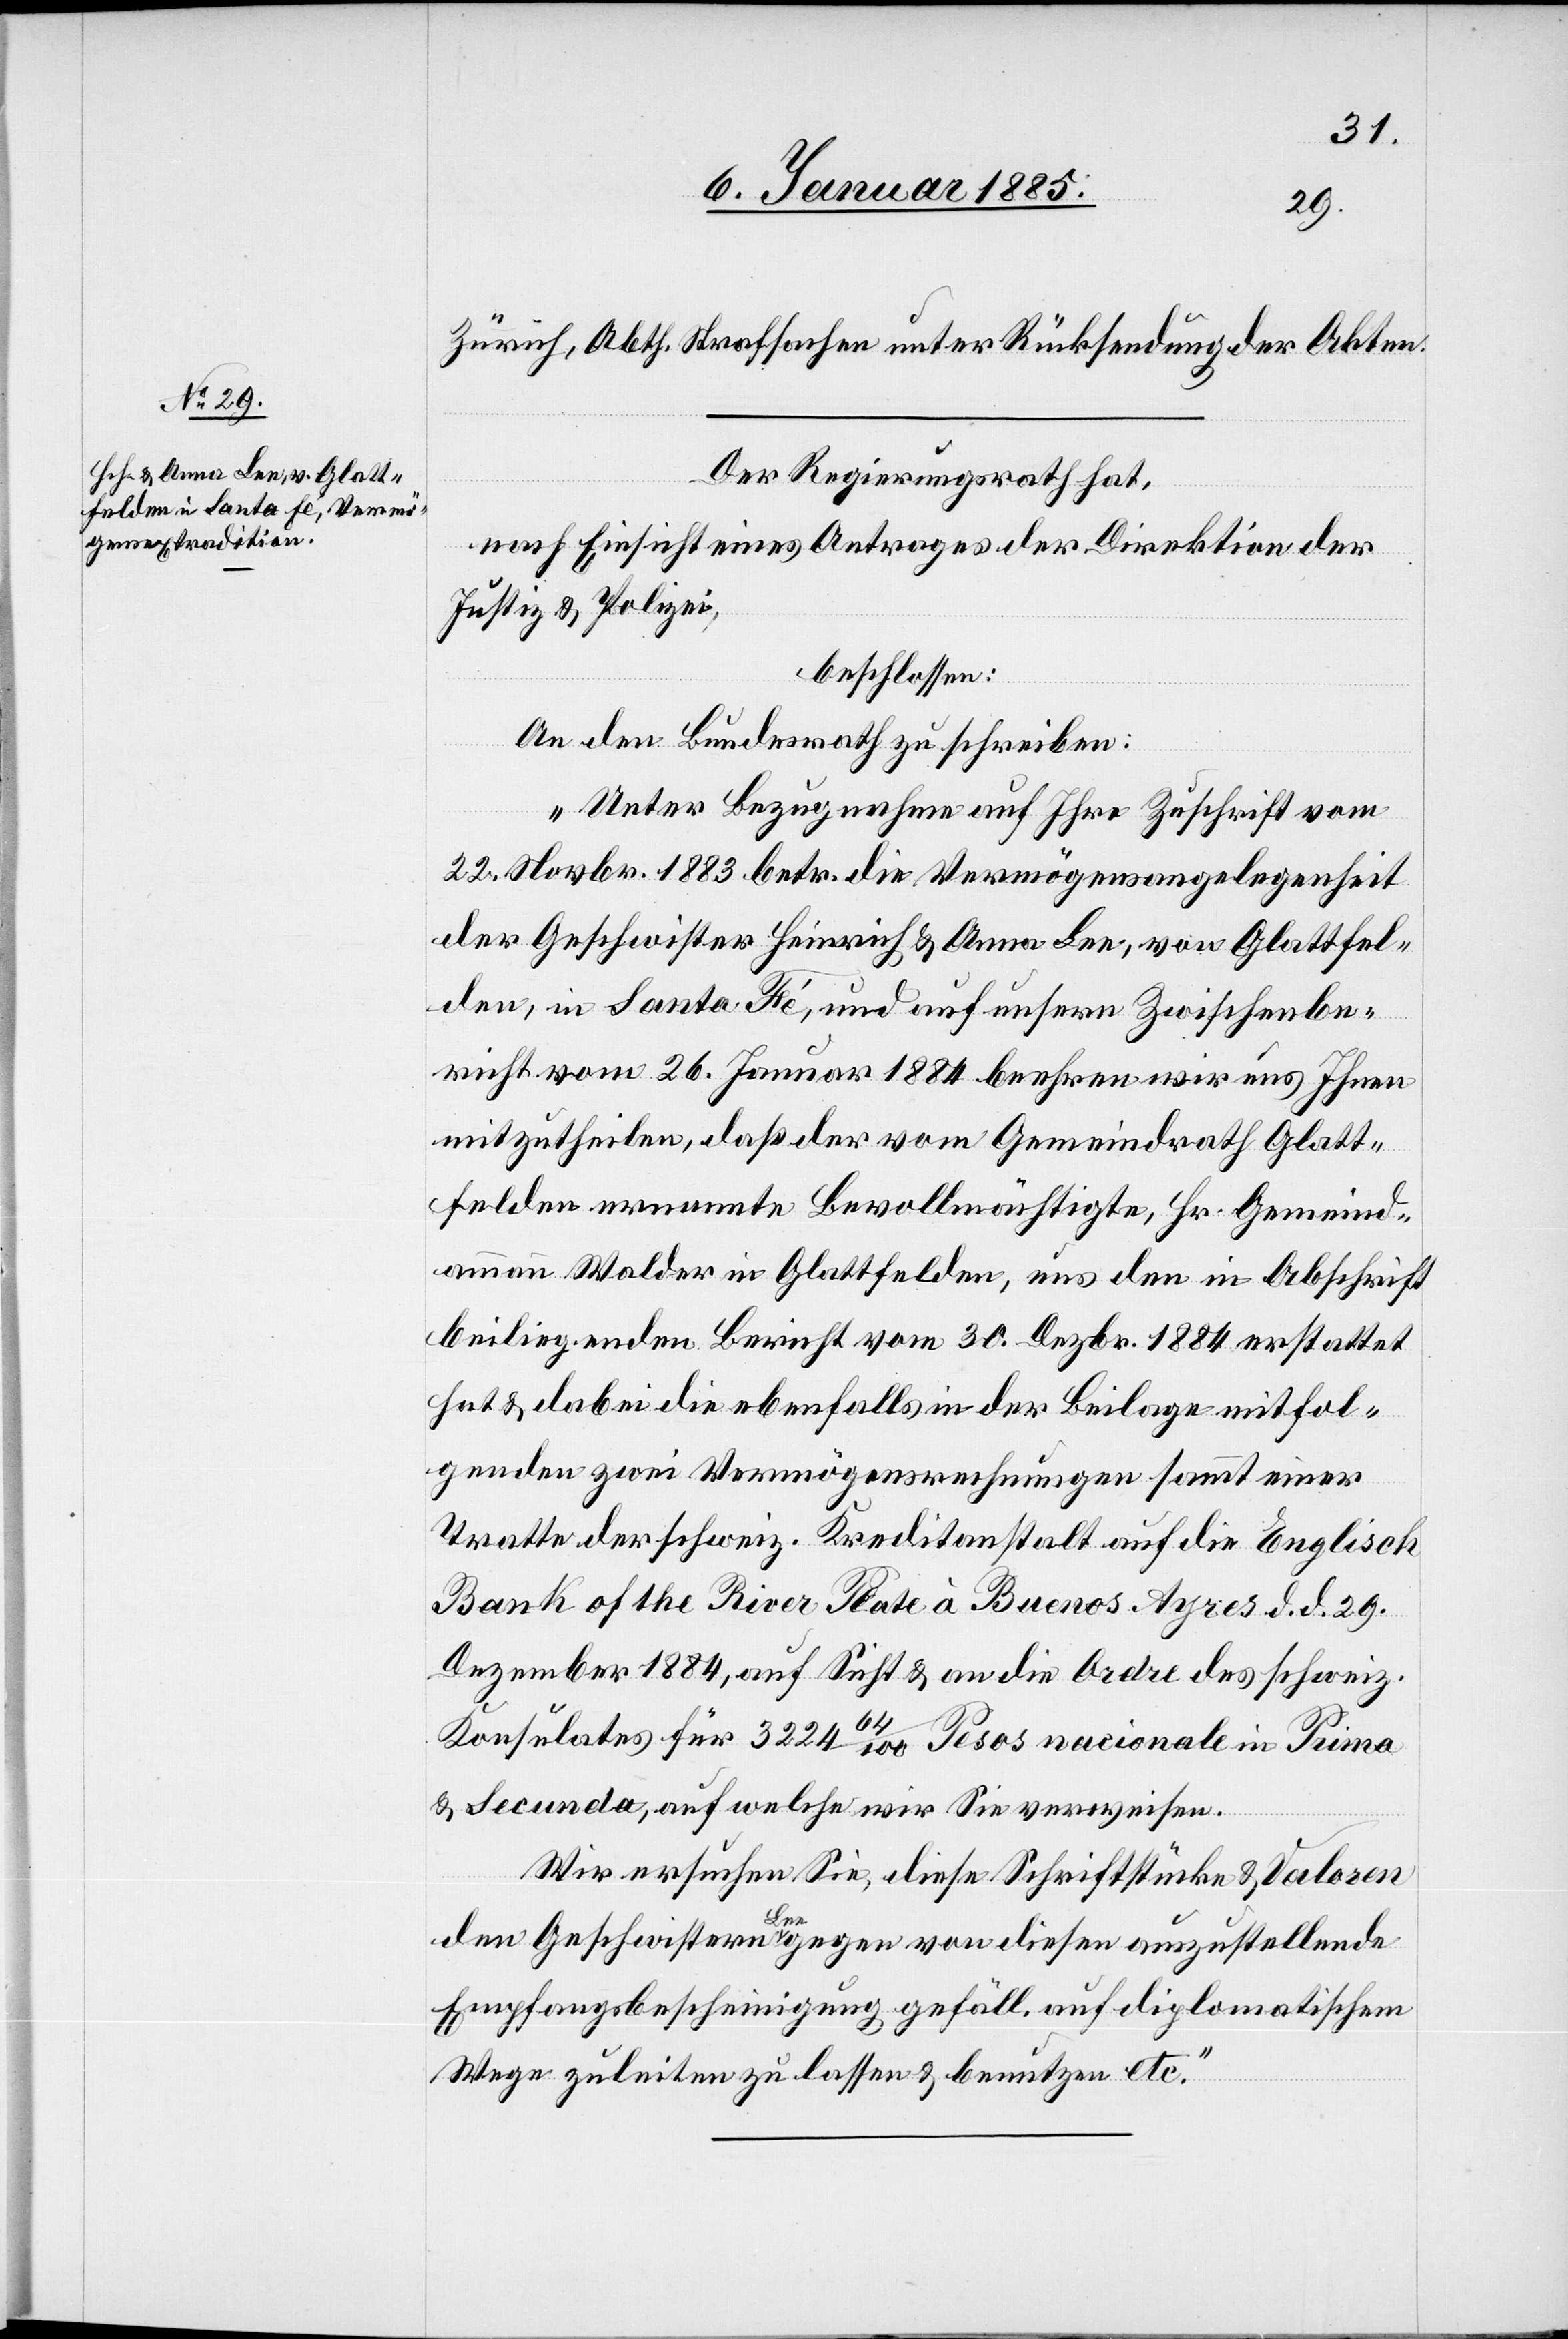
Zürich, Abth. Strafsachen unter Rücksendung der Akten.
Der Regierungsrath hat,
nach Einsicht eines Antrages der Direktion der
Justiz & Polizei,
beschlossen:
An den Bundesrath zu schreiben:
„Unter Bezugnahme auf Ihre Zuschrift vom
22. Novbr. 1883 betr. die Vermögensangelegenheit
der Geschwister Heinrich & Anna Lee, von Glattfel¬
den, in Santa Fé, und auf unsern Zwischenbe¬
richt vom 26. Januar 1884 beehren wir uns Ihnen
mitzutheilen, daß der vom Gemeindrath Glatt¬
felden ernannte Bevollmächtigte, Hr. Gemeind¬
ammann Walder in Glattfelden, aus dem in Abschrift
beiliegenden Bericht vom 30. Dezbr. 1884 erstattet
hat & dabei die ebenfalls in der Beilage mitfol¬
genden zwei Vermögensrechnungen sammt einer
Tratte der schweiz. Kreditanstalt auf die Englisch
Bank of the River Plate à Buenos Ayres d. d. 29.
Dezember 1884, auf Sicht & an die Ordre des schweiz.
Konsulates für 3224 64/100 Pesos nacionale in Puma
& Secunda, auf welche wir Sie verweisen.
Wir ersuchen Sie, diese Schriftstücke & Valoren
den Geschwistern Lee gegen von diesen auszustellende
Empfangsbescheinigung gefäll. auf diplomatischem
Wege zuleiten zu lassen & benutzen etc.“